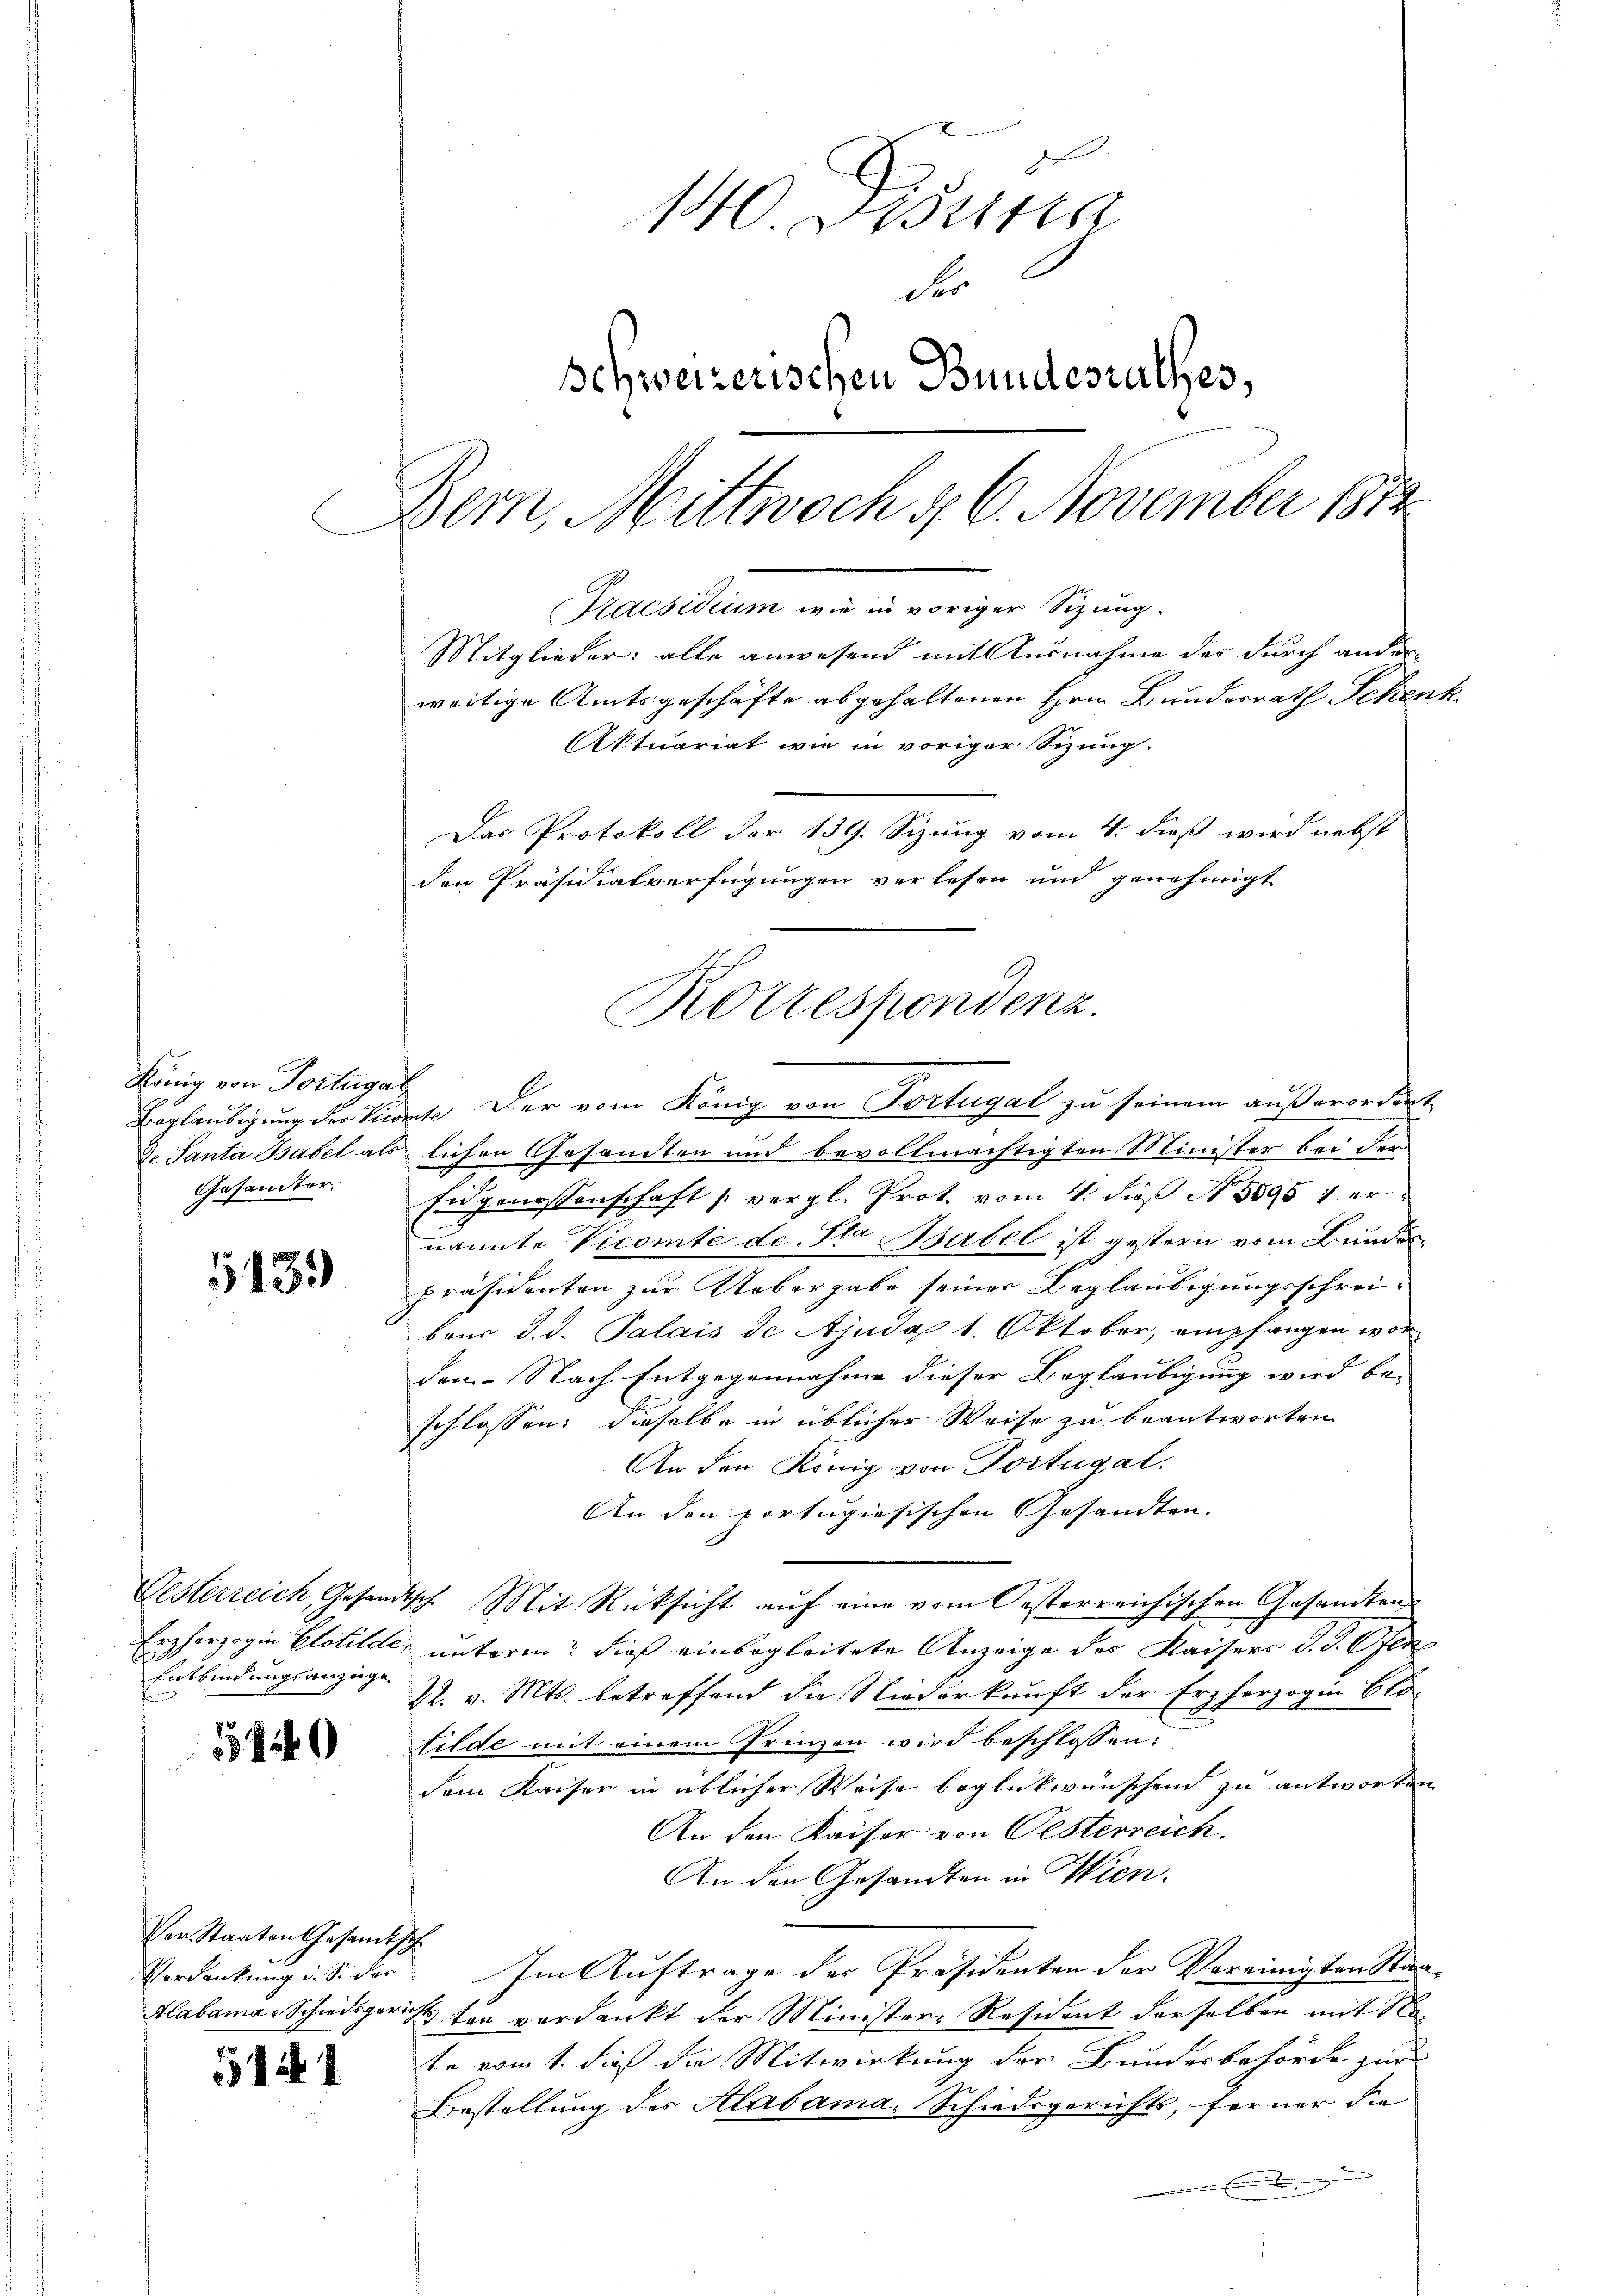
5139

Entbindungsanzeige.

540

Ver. Staaten Gesamtsch
Verdankung d. S. For

5144

140. Distra
der
Schweizerischen Bundesrathes,
Bern, Mittwoch v. 6. November 1874.
Kraisidium wie in voriger Sizung.
Mitglieder: alle anwesend mit Ausnahme des durch ander
weitige Amtsgeschäfte abgehaltenen Hrn. Bundesrath Schenk
Aktuariat wie in voriger Sizung.
Das Protokoll der 139. Sizung vom 4. dieß wird nebst
den Präsidialverfügungen verlesen und genehmigt

König von Portugal
Gesandter.

.
de Santa Babel als lichen Gesandten und bevollmächtigten Minister bei der
Eidgenossenschaft (vergl. Prot vom 4. dieß N. 8895 1 ernannte Vicomte de Sta Babel ist gestern vom Bundes
präsidenten zur Uebergabe seiner Beglaubigungsschreibaus d. d. Palais de Ajuda 1. Oktober, empfangen wor-
den. Nach Entgegennahme dieser Beglaubigung wird be-
schlossen: dieselbe in üblicher Weise zu beantworten
An den König von Portugal.
An den portugiesischen Gesandten.
Gesterreich, Gesandtsch. Mit Rücksicht auf eine vom Oesterreichischen Gesandten
.
Erzherzogin Clotilder unterm dieß einbegleitete Anzeige der Kaisers J. J. Pfen
22. v. Mts. betreffend die Niederkunft der Erzherzogin Clofilde mit einem Grenzen wird beschlossen:
dem Kaiser in üblicher Weise beglückwünschen zu antworten
An den Kaiser von Oesterreich.
An den Gesandten in Wien.
Im Auftrage der Präsidenten der Vereinigten Staa¬
Alabama-Schiedsgericht ten verdankt der Minister-Resident derselben mit Nate vom 1. dieß die Mitwirkung der Bundesbehörde zur
Bestellung des Alabama, Schiedsgerichts, ferner die
E

Kotzespondenz.
Engläubigung der Vicarte der vom König von Fortugal zu seinem außerordert.